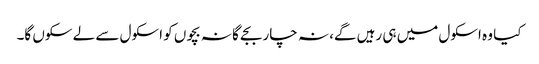
کیا وہ اسکول میں ہی رہیں گے، نہ چار بجے گا نہ بچوں کو اسکول سے لے سکوں گا۔